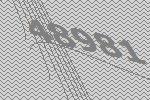
48981